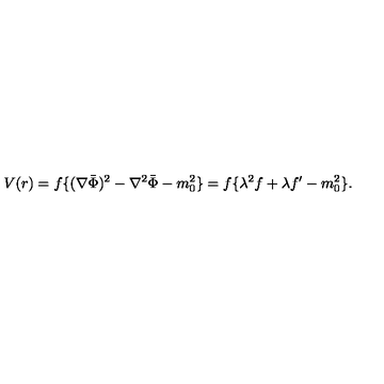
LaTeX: V ( r ) = f \{ ( \nabla \bar { \Phi } ) ^ { 2 } - \nabla ^ { 2 } \bar { \Phi } - m _ { 0 } ^ { 2 } \} = f \{ \lambda ^ { 2 } f + \lambda f ^ { \prime } - m _ { 0 } ^ { 2 } \} .